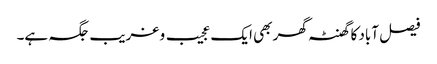
فیصل آباد کا گھنٹہ گھر بھی ایک عجیب و غریب جگہ ہے۔